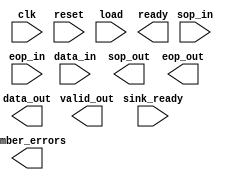

module BCH_dec (
	clk,
	reset,
	load,
	ready,
	sop_in,
	eop_in,
	data_in,
	valid_out,
	sink_ready,
	sop_out,
	eop_out,
	data_out,
	number_errors);	

	input		clk;
	input		reset;
	input		load;
	output		ready;
	input		sop_in;
	input		eop_in;
	input	[7:0]	data_in;
	output		valid_out;
	input		sink_ready;
	output		sop_out;
	output		eop_out;
	output	[7:0]	data_out;
	output	[7:0]	number_errors;
endmodule